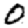
Digit: 0